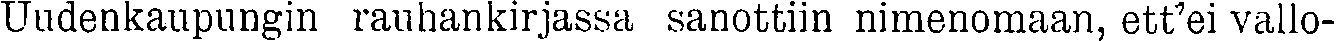
Uudenkaupungin rauhankirjassa sanottiin nimenomaan, ett'ei vallo-